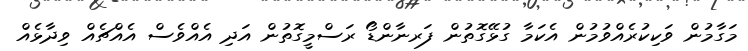
މަގާމުން ވަކިކުރެއްވުމުން އެކަމާ ގުޅޭގޮތުން ފަރނާންޑޯ ރަސްމީގޮތުން އަދި އެއްވެސް އެއްޗެއް ވިދާޅެއް